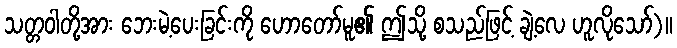
သတ္တဝါတို့အား ဘေးမဲ့ပေးခြင်းကို ဟောတော်မူ၏ ဤသို့ စသည်ဖြင့် ချဲ့လေ ဟူလိုသော်)။